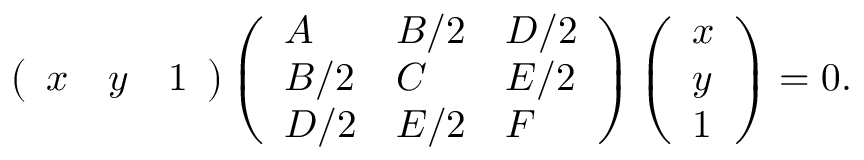
\left( { \begin{array} { l l l } { x } & { y } & { 1 } \end{array} } \right) \left( { \begin{array} { l l l } { A } & { B / 2 } & { D / 2 } \\ { B / 2 } & { C } & { E / 2 } \\ { D / 2 } & { E / 2 } & { F } \end{array} } \right) \left( { \begin{array} { l } { x } \\ { y } \\ { 1 } \end{array} } \right) = 0 .